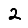
Digit: 2